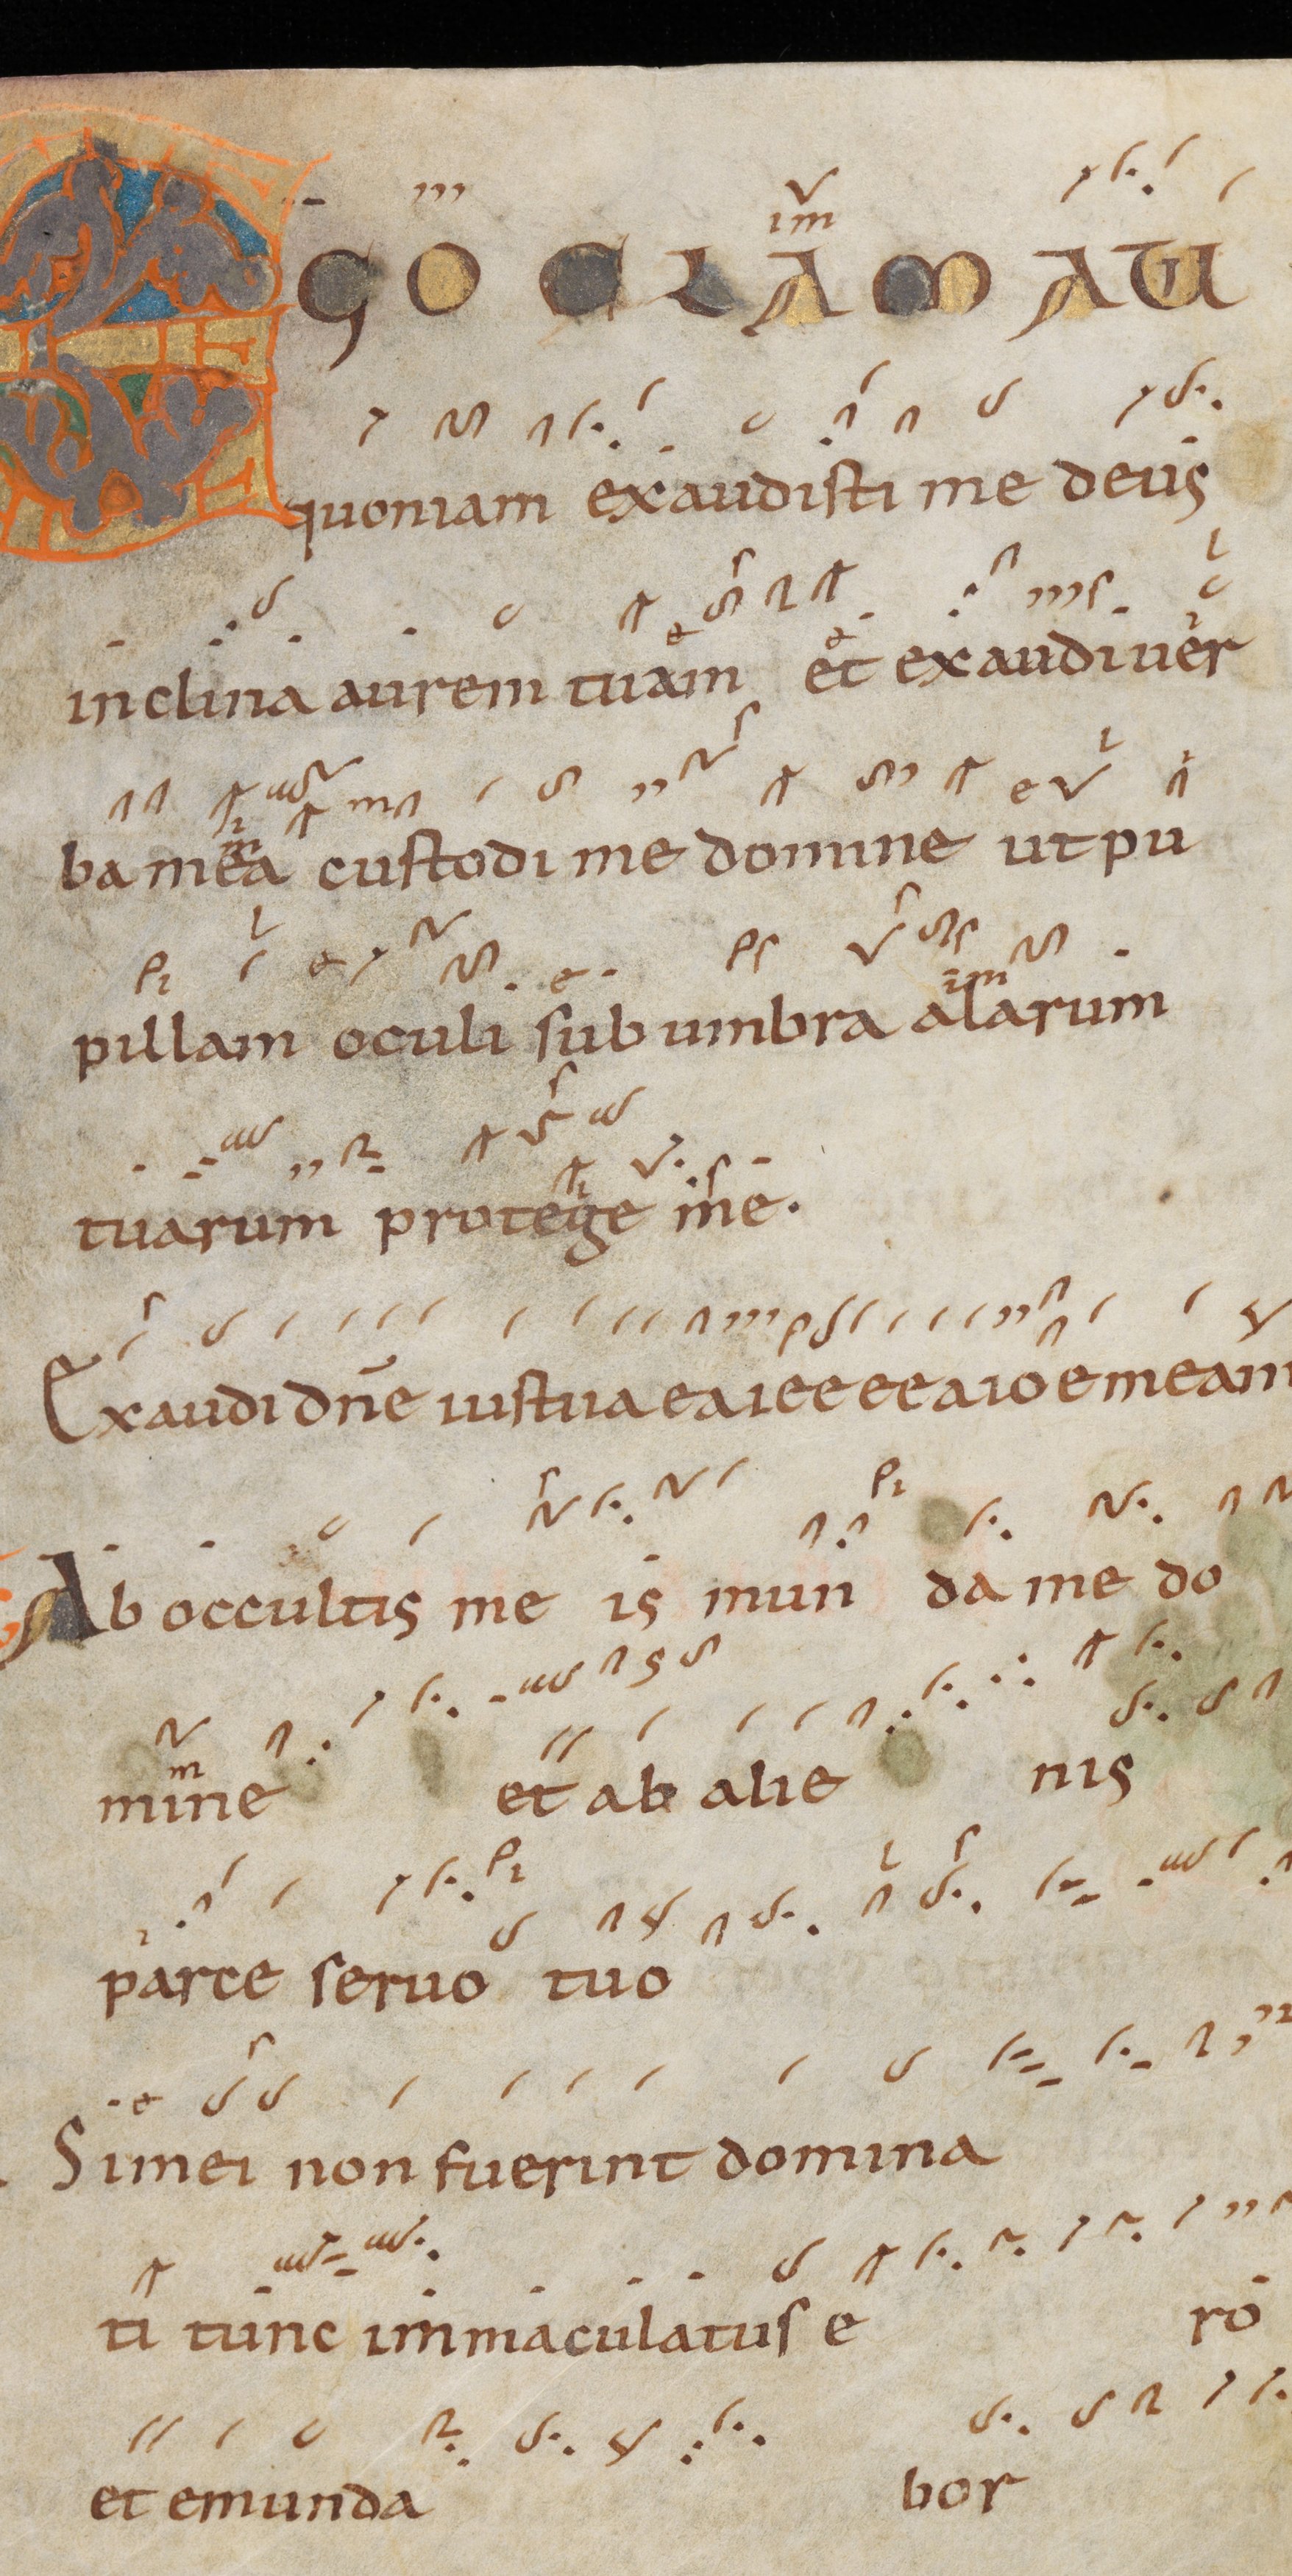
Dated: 945–985